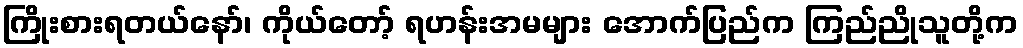
ကြိုးစားရတယ်နော်၊ ကိုယ်တော့် ရဟန်းအမများ အောက်ပြည်က ကြည်ညိုသူတို့က